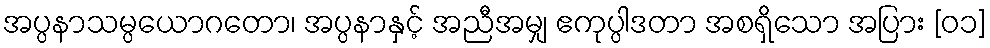
အပ္ပနာသမ္ပယောဂတော၊ အပ္ပနာနှင့် အညီအမျှ ဧကုပ္ပါဒတာ အစရှိသော အပြား [၀၁]